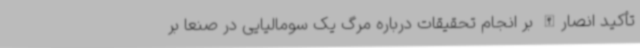
تأکید انصارالله بر انجام تحقیقات درباره مرگ یک سومالیایی در صنعا بر